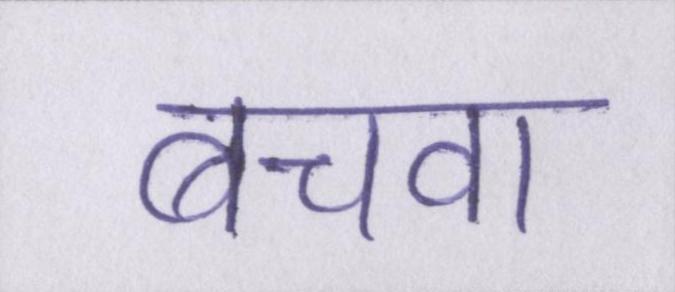
बचवा